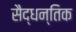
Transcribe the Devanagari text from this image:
सैद्धन्तिक